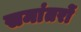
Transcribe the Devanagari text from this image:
समांतरों